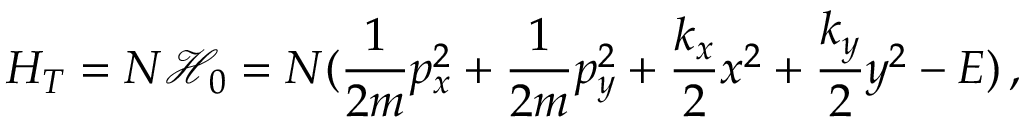
H _ { T } = N \mathcal { H } _ { 0 } = N ( \frac { 1 } { 2 m } p _ { x } ^ { 2 } + \frac { 1 } { 2 m } p _ { y } ^ { 2 } + \frac { k _ { x } } { 2 } x ^ { 2 } + \frac { k _ { y } } { 2 } y ^ { 2 } - E ) \, ,